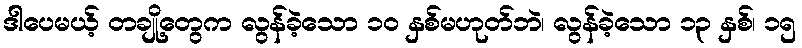
ဒါပေမယ့် တချို့တွေက လွန်ခဲ့သော ၁၀ နှစ်မဟုတ်ဘဲ၊ လွန်ခဲ့သော ၁၃ နှစ်၊ ၁၅